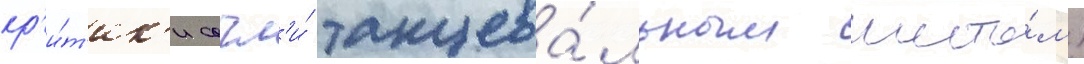
кр'и́т'ик'и сочл'и́ танцева́льным шесто́м)